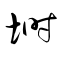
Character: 塒